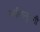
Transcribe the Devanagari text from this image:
संगीतानुरागी